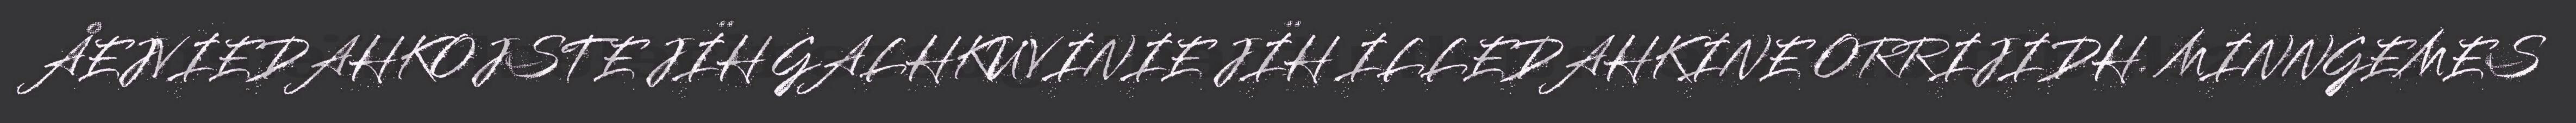
ÅEJVIEDAHKOJSTE JÏH GALHKUVINIE JÏH ILLEDAHKINE ORRIJIDH. MINNGEMES